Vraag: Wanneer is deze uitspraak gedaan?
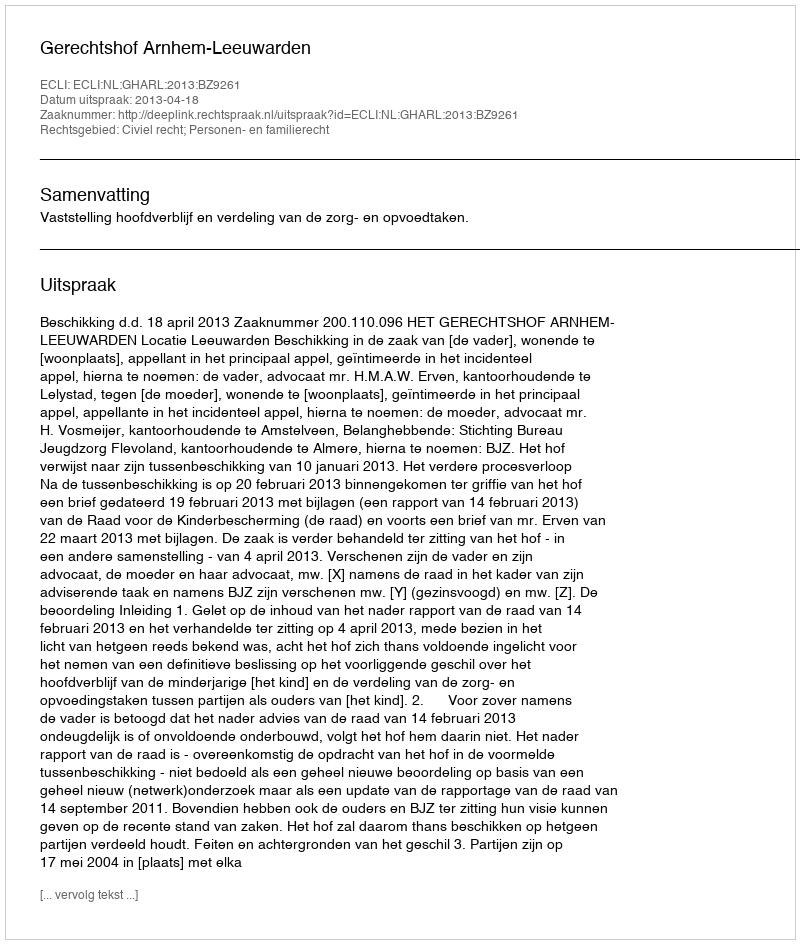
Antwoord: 2013-04-18